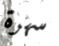
سهرة